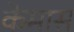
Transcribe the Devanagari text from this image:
केमास